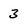
Character: 3